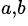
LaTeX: ^{a,b}